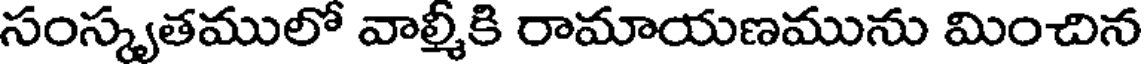
సంస్కృతములో వాల్మీకి రామాయణమును మించిన